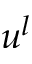
u ^ { l }